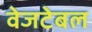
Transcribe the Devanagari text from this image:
वेजटेबल